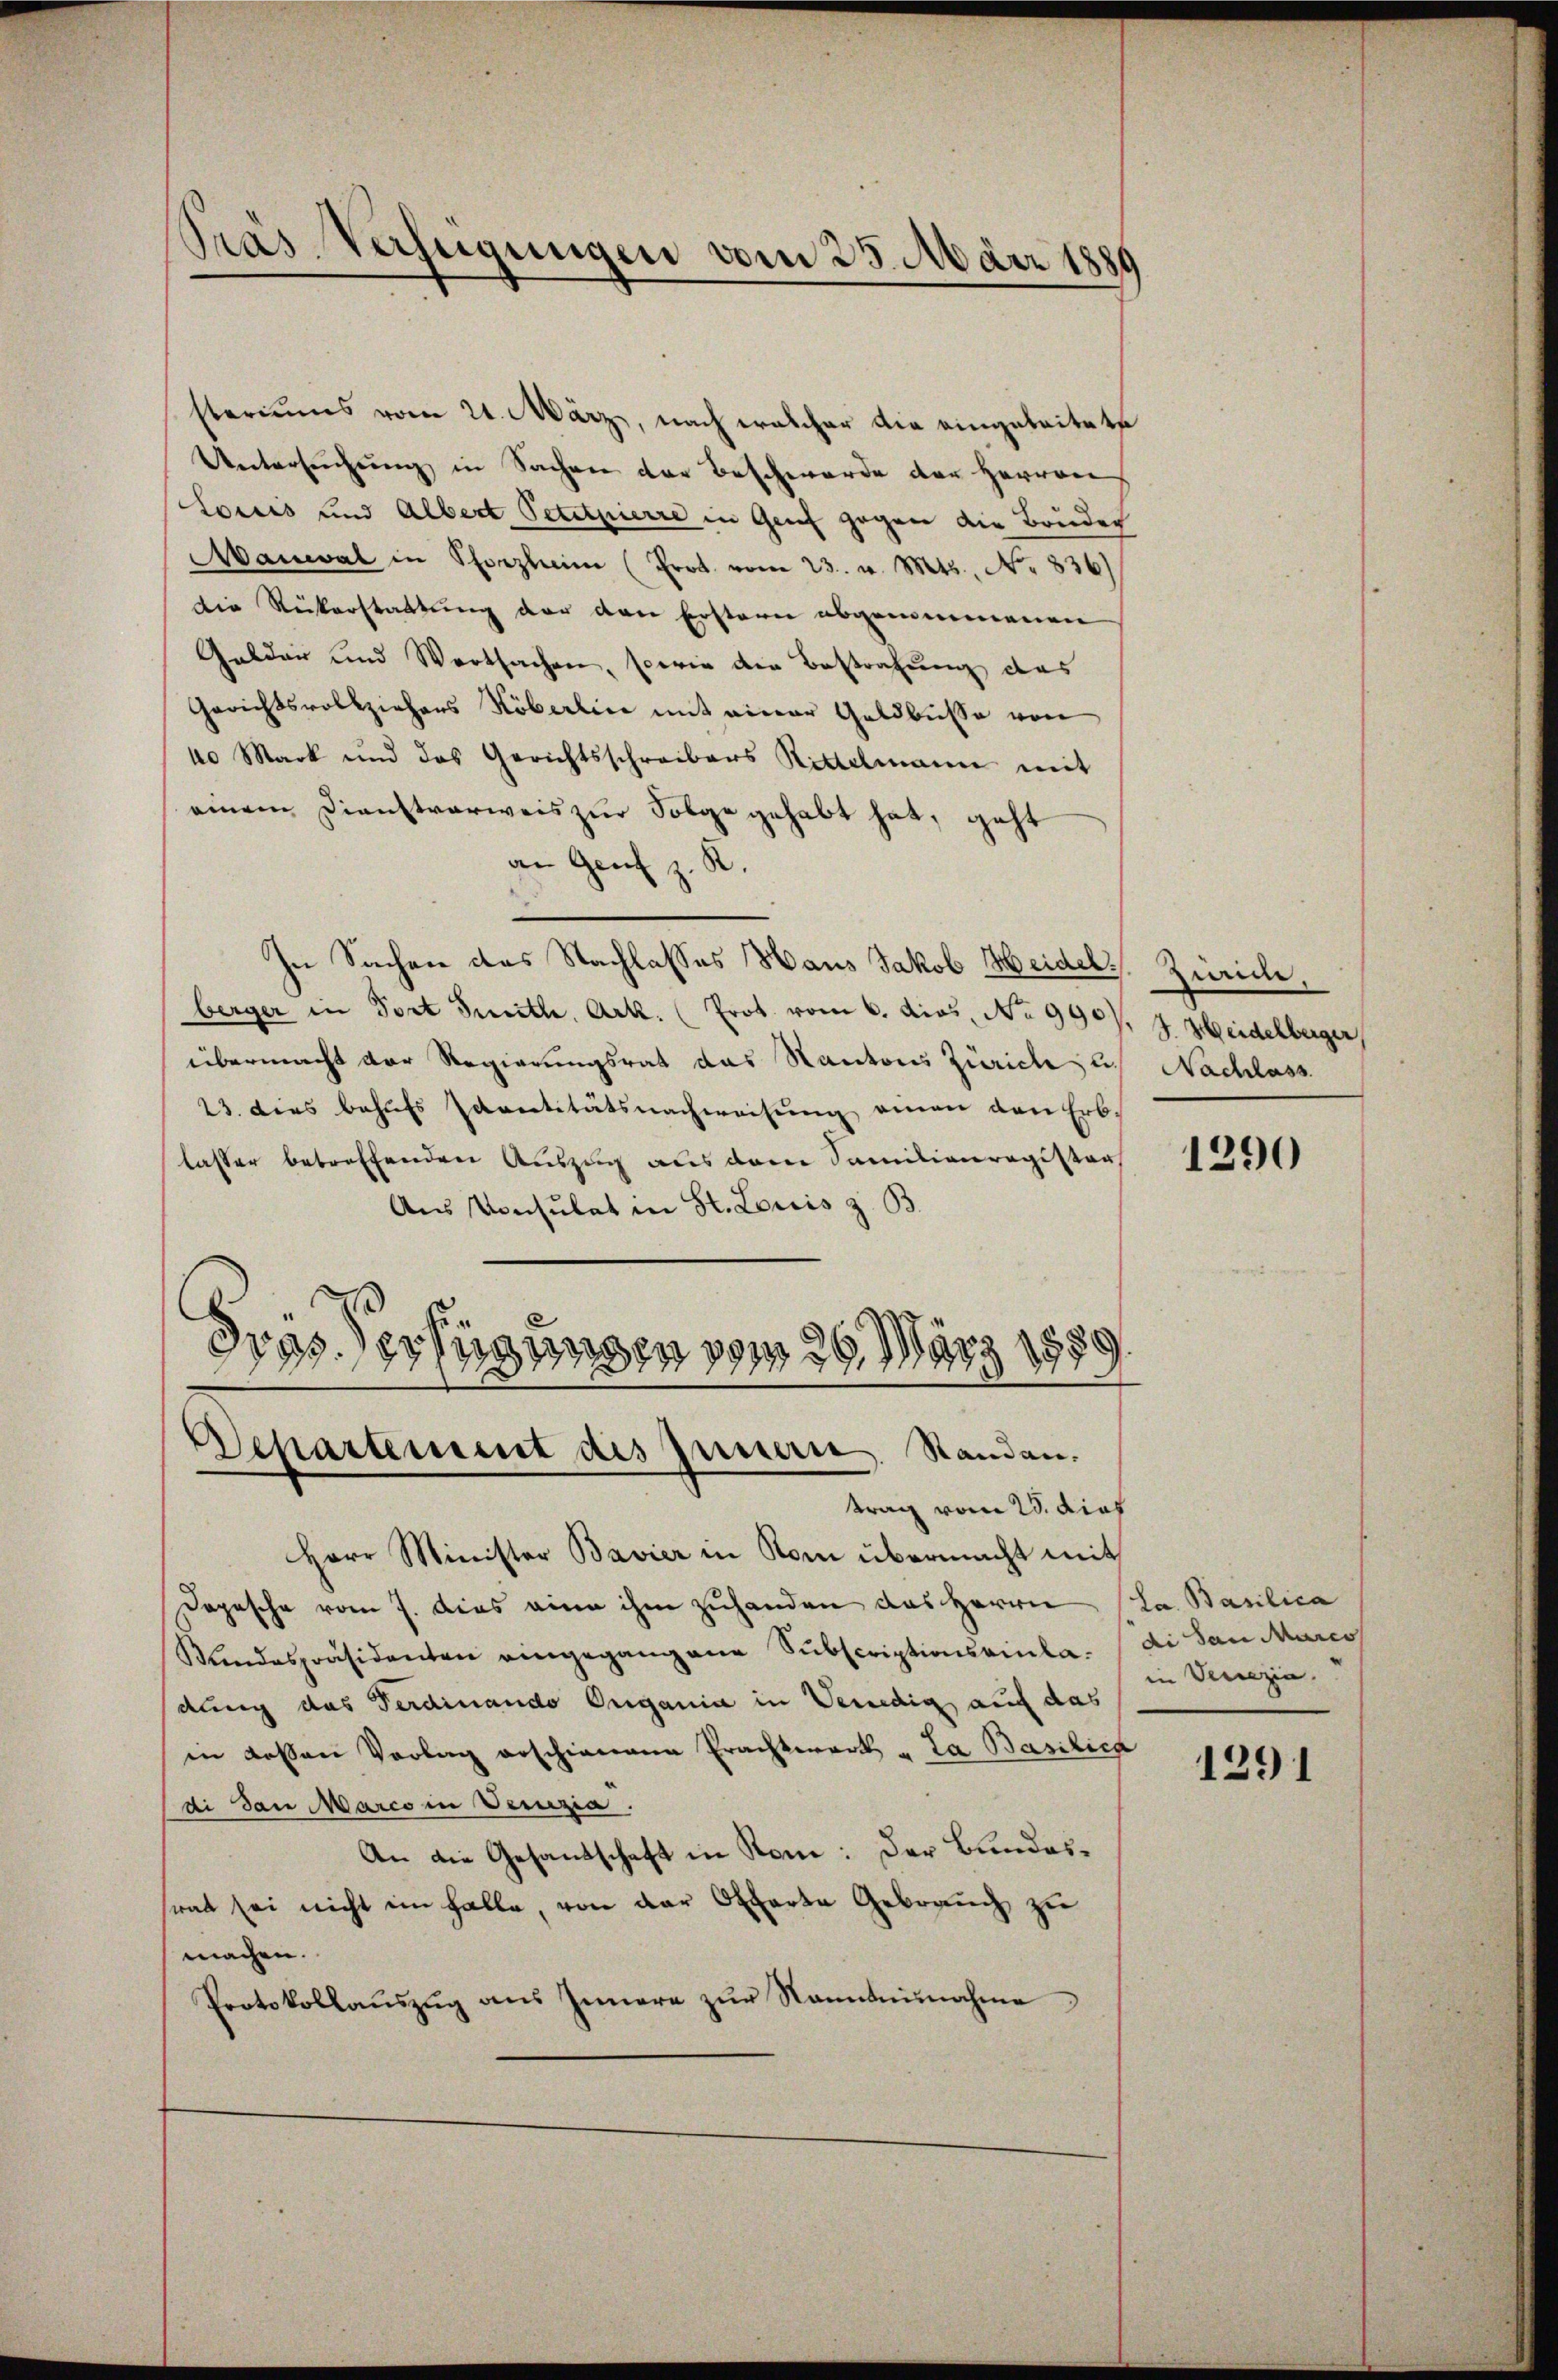
Präs. Verfügungen vom 25. März 1889

steriums vom 21. März, nach welcher die eingeleitete
Untersŭchŭng in Sachen der Beschwerde der Herrverh
Lorus und Albert Petitpierre in Genf gegen die Bruder
Maneval in Pforzheim (Prot. vom 23. v. Mts., No 836)
Die Rückerstattung der den Erstern abgenommenen
Gelder und Wortsachen, sowie der Bestrafung das
Gerichtsvollziehens Köberlin mit einer Geldbusse von
40 Mark und das Gerichtsschreibers Rittelmann mit
einem Dienstverweis zur Folge gehabt hat, geht
an Genf z. R.
In Sachen des Nachlasses Haus Jakob Heidel. Zürich,
berger in Fort Seith, Art. (Prot. vom 6. dies, No 9907, 7 Seidelberger
übermacht der Regierungsrat das Kantons Zürich, u. Nachlass
23. dies behufs Santitätsnachweisung einen den Erblasser betreffenden Auszug aus dem Familienregister
Aus Konsulat in St. Loris z. B.
Frys Verfügungen vom 29. März 1889.

Departement des Innern. Standen.
trag vom 25. dies

Herr Minister Bavier in Rom übermacht mit
Dopesche vom 7. dies eine ihm zuhanden das Herrn (La. Basilica
Kundespräsidenten eingegangene Subscriptionsvinta di San Marco
dung das Ferdinando Organia in Venedig auf das
in dessen Vorlag erschienene Prachtwerk „La Basilica
di dan Marco in Verzia
An die Gesandschaft in Rom: Der Bundessrat sei nicht im Falle, von der Offerte Gebrauch zu
machen.
Protokollaŭszŭg aŭs Innern zŭr Nanntennahme

1290

in Venezia

1291